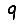
Digit: 9